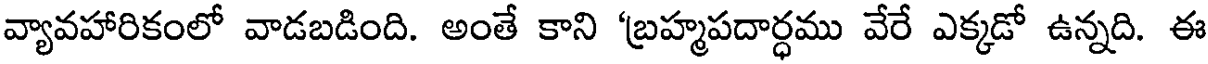
వ్యావహారికంలో వాడబడింది. అంతే కాని 'బ్రహ్మపదార్ధము వేరే ఎక్కడో ఉన్నది. ఈ